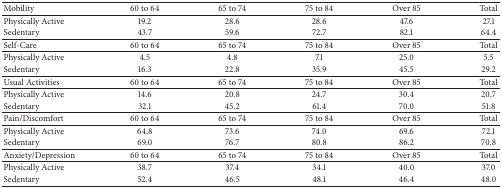
| Mobility | 60 to 64 | 65 to 74 | 75 to 84 | Over 85 | Total |
 | --- | --- | --- | --- | --- | --- |
 | Physically Active | 19.2 | 28.6 | 28.6 | 47.6 | 27.1 |
 | Sedentary | 43.7 | 59.6 | 72.7 | 82.1 | 64.4 |
 | Self-Care | 60 to 64 | 65 to 74 | 75 to 84 | Over 85 | Total |
 | Physically Active | 4.5 | 4.8 | 7.1 | 25.0 | 5.5 |
 | Sedentary | 16.3 | 22.8 | 35.9 | 45.5 | 29.2 |
 | Usual Activities | 60 to 64 | 65 to 74 | 75 to 84 | Over 85 | Total |
 | Physically Active | 14.6 | 20.8 | 24.7 | 30.4 | 20.7 |
 | Sedentary | 32.1 | 45.2 | 61.4 | 70.0 | 51.8 |
 | Pain/Discomfort | 60 to 64 | 65 to 74 | 75 to 84 | Over 85 | Total |
 | Physically Active | 64.8 | 73.6 | 74.0 | 69.6 | 72.1 |
 | Sedentary | 69.0 | 76.7 | 80.8 | 86.2 | 70.8 |
 | Anxiety/Depression | 60 to 64 | 65 to 74 | 75 to 84 | Over 85 | Total |
 | Physically Active | 38.7 | 37.4 | 34.1 | 40.0 | 37.0 |
 | Sedentary | 52.4 | 46.5 | 48.1 | 46.4 | 48.0 |